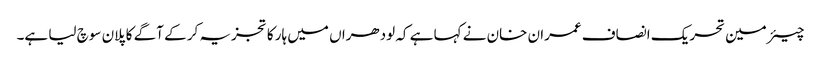
چیئرمین تحریک انصاف عمران خان نے کہا ہے کہ لودھراں میں ہار کا تجزیہ کر کے آگے کا پلان سوچ لیا ہے۔